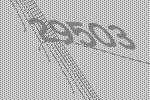
29503